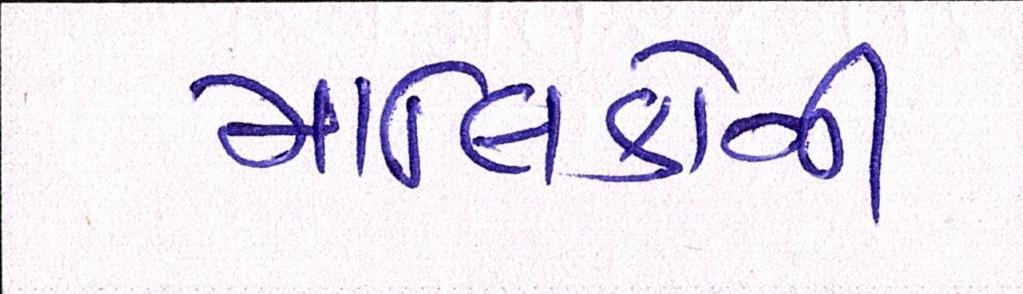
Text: માલિકોની